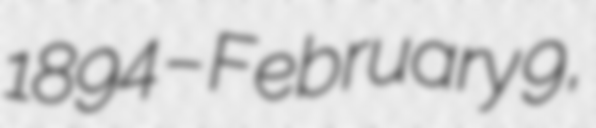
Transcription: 1894 – February 9,